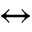
\leftrightarrow